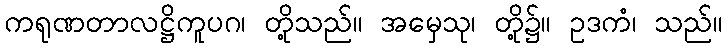
ကရုဏတာလဋ္ဌိကူပဂ၊ တို့သည်။ အမှေသု၊ တို့၌။ ဥဒကံ၊ သည်။